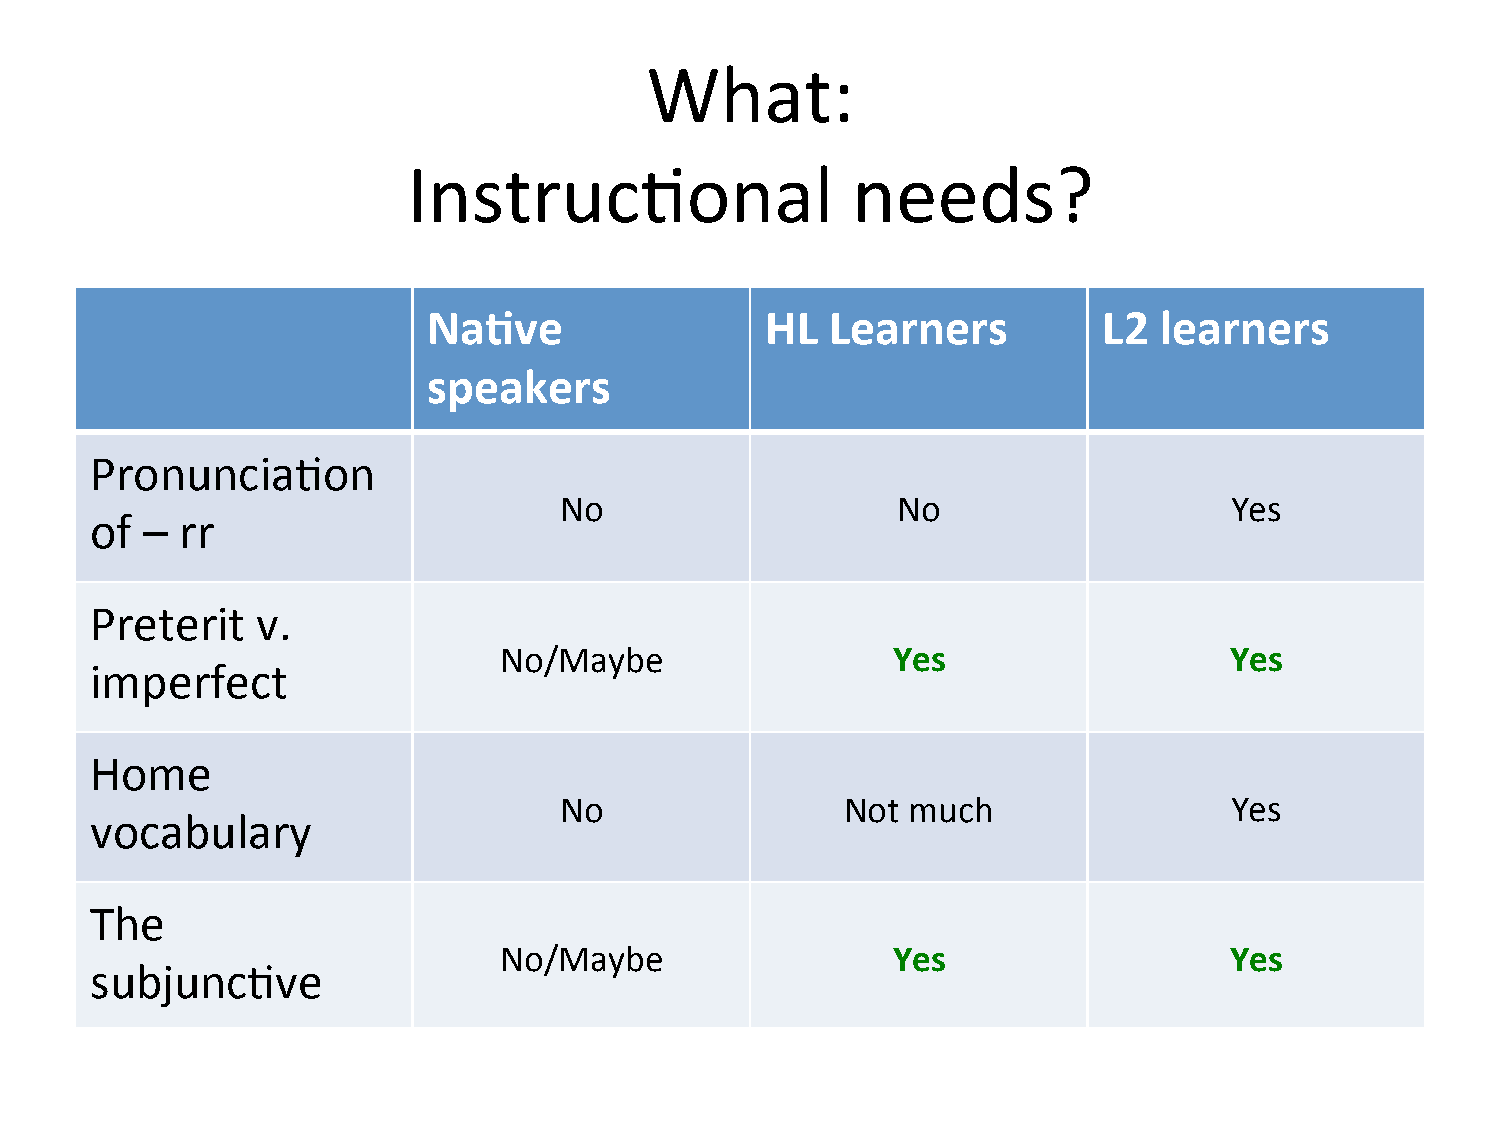
What:
 Instruc=onal                 needs?
 Na.ve                  HL  Learners          L2  learners
 speakers
 Pronuncia=on
 No                    No                    Yes
 of –  rr
 Preterit   v.
 No/Maybe                  Yes                   Yes
 imperfect
 Home
 No                 Not much                 Yes
 vocabulary
 The
 No/Maybe                  Yes                   Yes
 subjunc=ve